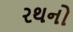
રથનો